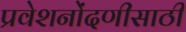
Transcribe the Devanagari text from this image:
प्रवेशनोंदणीसाठी